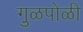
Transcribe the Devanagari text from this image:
गु़ळपोळी